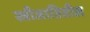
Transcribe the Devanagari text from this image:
स्त्रीजातितील